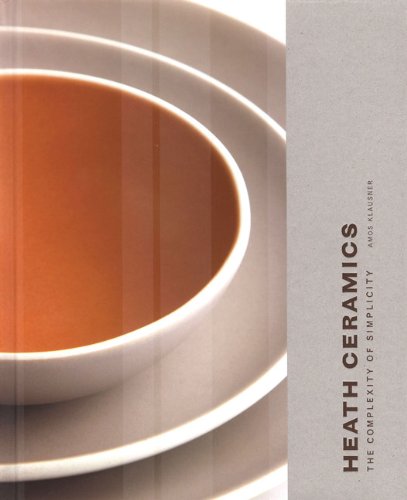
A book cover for Heath Ceramics: The Complexity of Simplicity; Amos Klausner; Crafts, Hobbies & Home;